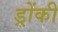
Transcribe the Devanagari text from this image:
ड्रोंकी